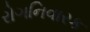
રોગનિવારક